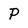
Character: P